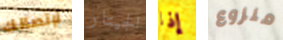
لإتصالك الجيتار إذا منزوع